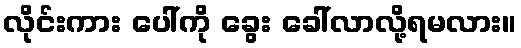
လိုင်းကား ပေါ်ကို ခွေး ခေါ်လာလို့ရမလား။